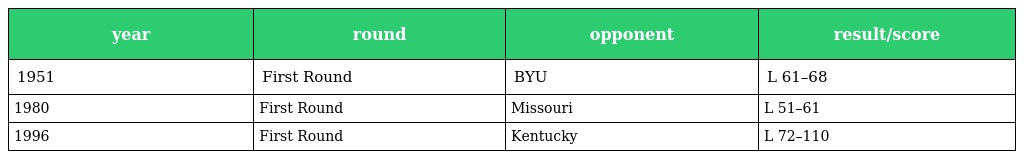
| year | round | opponent | result/score |
 | --- | --- | --- | --- |
 | 1951 | First Round | BYU | L 61–68 |
 | 1980 | First Round | Missouri | L 51–61 |
 | 1996 | First Round | Kentucky | L 72–110 |